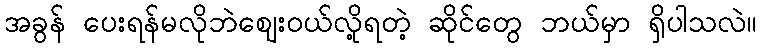
အခွန် ပေးရန်မလိုဘဲဈေးဝယ်လို့ရတဲ့ ဆိုင်တွေ ဘယ်မှာ ရှိပါသလဲ။